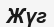
Жүг